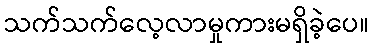
သက်သက်လေ့လာမှုကားမရှိခဲ့ပေ။